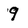
Character: 9